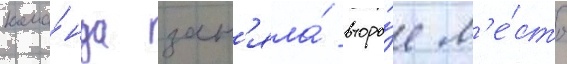
кома́нда зан'яла́ второ́е м'е́сто